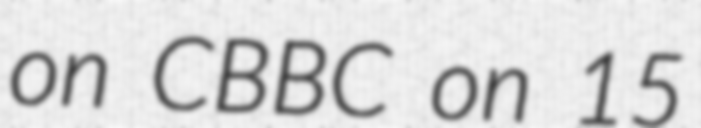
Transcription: on CBBC on 15